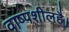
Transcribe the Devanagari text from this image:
वाष्पशीलहै।